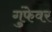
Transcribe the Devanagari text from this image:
गुंफेवर